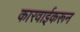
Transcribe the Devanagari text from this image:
कारवाईकरून